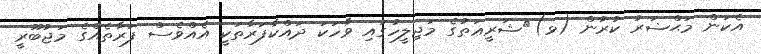
އެކަން މަޙްޟަރު ކުރުން (ޅ)	ޝަރީޢަތުގެ މަޖިލީހުގައި ވާހަކަ ދައްކާފަރާތަކީ އެއްވެސް ފަރާތެއްގެ މަޖުބޫރީ